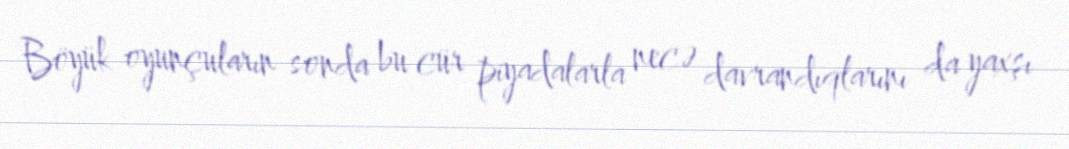
Böyük oyunçuların sonda bu cür piyadalarla necə davrandıqlarını da yaxşı